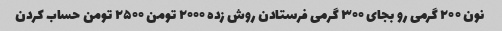
نون ۲۰۰ گرمی رو بجای ۳۰۰ گرمی فرستادن روش زده ۲۰۰۰ تومن ۲۵۰۰ تومن حساب کردن